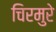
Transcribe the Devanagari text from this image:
चिरमुरे